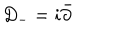
LaTeX: D _ { - } = i \bar { \partial }